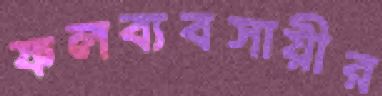
ফলব্যবসায়ীর